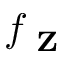
f _ { \textbf { Z } }